Code of medical and sanitary regulations for the guidance of medical officers serving in the Madras Presidency - Volume I
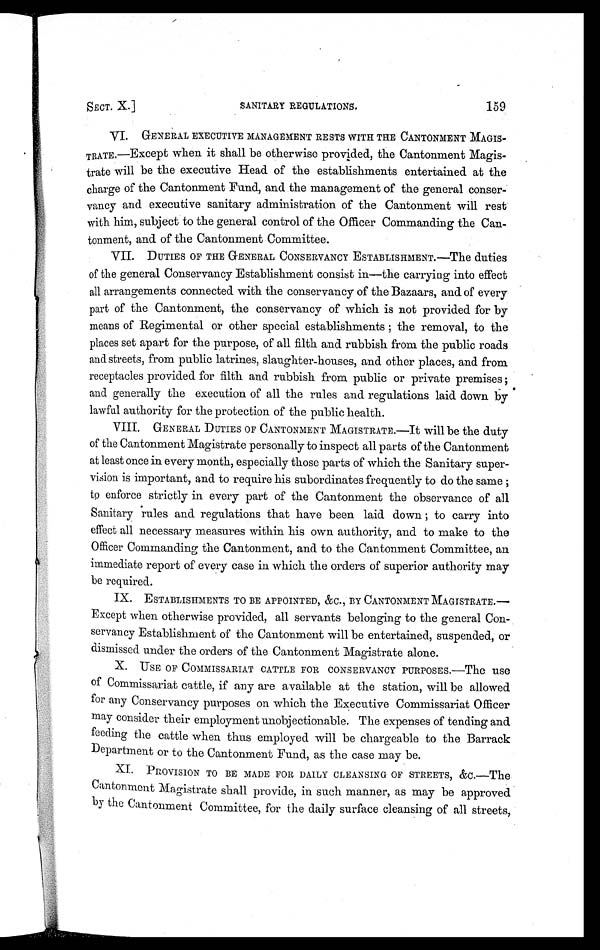
SECT. X.]
SANITARY REGULATIONS.
159
VI. GENERAL EXECUTIVE MANAGEMENT RESTS WITH THE CANTONMENT MAGIS-
TRATE.—Except when it shall be otherwise provided, the Cantonment Magis-
trate will be the executive Head of the establishments entertained at the
charge of the Cantonment Fund, and the management of the general conser-
vancy and executive sanitary administration of the Cantonment will rest
with him, subject to the general control of the Officer Commanding the Can-
tonment, and of the Cantonment Committee.
VII. DUTIES OF THE GENERAL CONSERVANCY ESTABLISHMENT.—The duties
of the general Conservancy Establishment consist in—the carrying into effect
all arrangements connected with the conservancy of the Bazaars, and of every
part of the Cantonment, the conservancy of which is not provided for by
means of Regimental or other special establishments the removal, to the
places set apart for the purpose, of all filth and rubbish from the public roads
and streets, from public latrines, slaughter-houses, and other places, and from
receptacles provided for filth and rubbish from public or private premises
; and generally the execution of all the rules and regulations laid down by
lawful authority for the protection of the public health.
VIII. GENERAL DUTIES OF CANTONMENT MAGISTRATE.—It will be the duty
of the Cantonment Magistrate personally to inspect all parts of the Cantonment
at least once in every month, especially those parts of which the Sanitary super-
vision is important, and to require his subordinates frequently to do the same
to enforce strictly in every part of the Cantonment the observance of all
Sanitary rules and regulations that have been laid down to carry into
effect all necessary measures within his own authority, and to make to the
Officer Commanding the Cantonment, and to the Cantonment Committee, an
immediate report of every case in which the orders of superior authority may
be required.
IX. ESTABLISHMENTS TO BE APPOINTED, &C., BY CANTONMENT MAGISTRATE.—
Except when otherwise provided, all servants belonging to the general Con-
servancy Establishment of the Cantonment will be entertained, suspended, or
dismissed under the orders of the Cantonment Magistrate alone.
X. USE OF COMMISSARIAT CATTLE FOR CONSERVANCY PURPOSES.—The use
of Commissariat cattle, if any are available at the station, will be allowed
for any Conservancy purposes on which the Executive Commissariat Officer
may consider their employment unobjectionable. The expenses of tending and
feeding the cattle when thus employed will be chargeable to the Barrack
Department or to the Cantonment Fund, as the case may be.
XI. PROVISION TO BE MADE FOR DAILY CLEANSING OF STREETS, &C.—The
Cantonment Magistrate shall provide, in such manner, as may be approved
by the Cantonment Committee, for the daily surface cleansing of all streets,